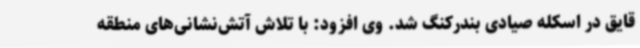
قایق در اسکله صیادی بندرکنگ شد. وی افزود: با تلاش آتش‌نشانی‌های منطقه